255_413270_UFO's_and_Defense_What_Should_we_Prepare_For
Agency: NASA
Page 23
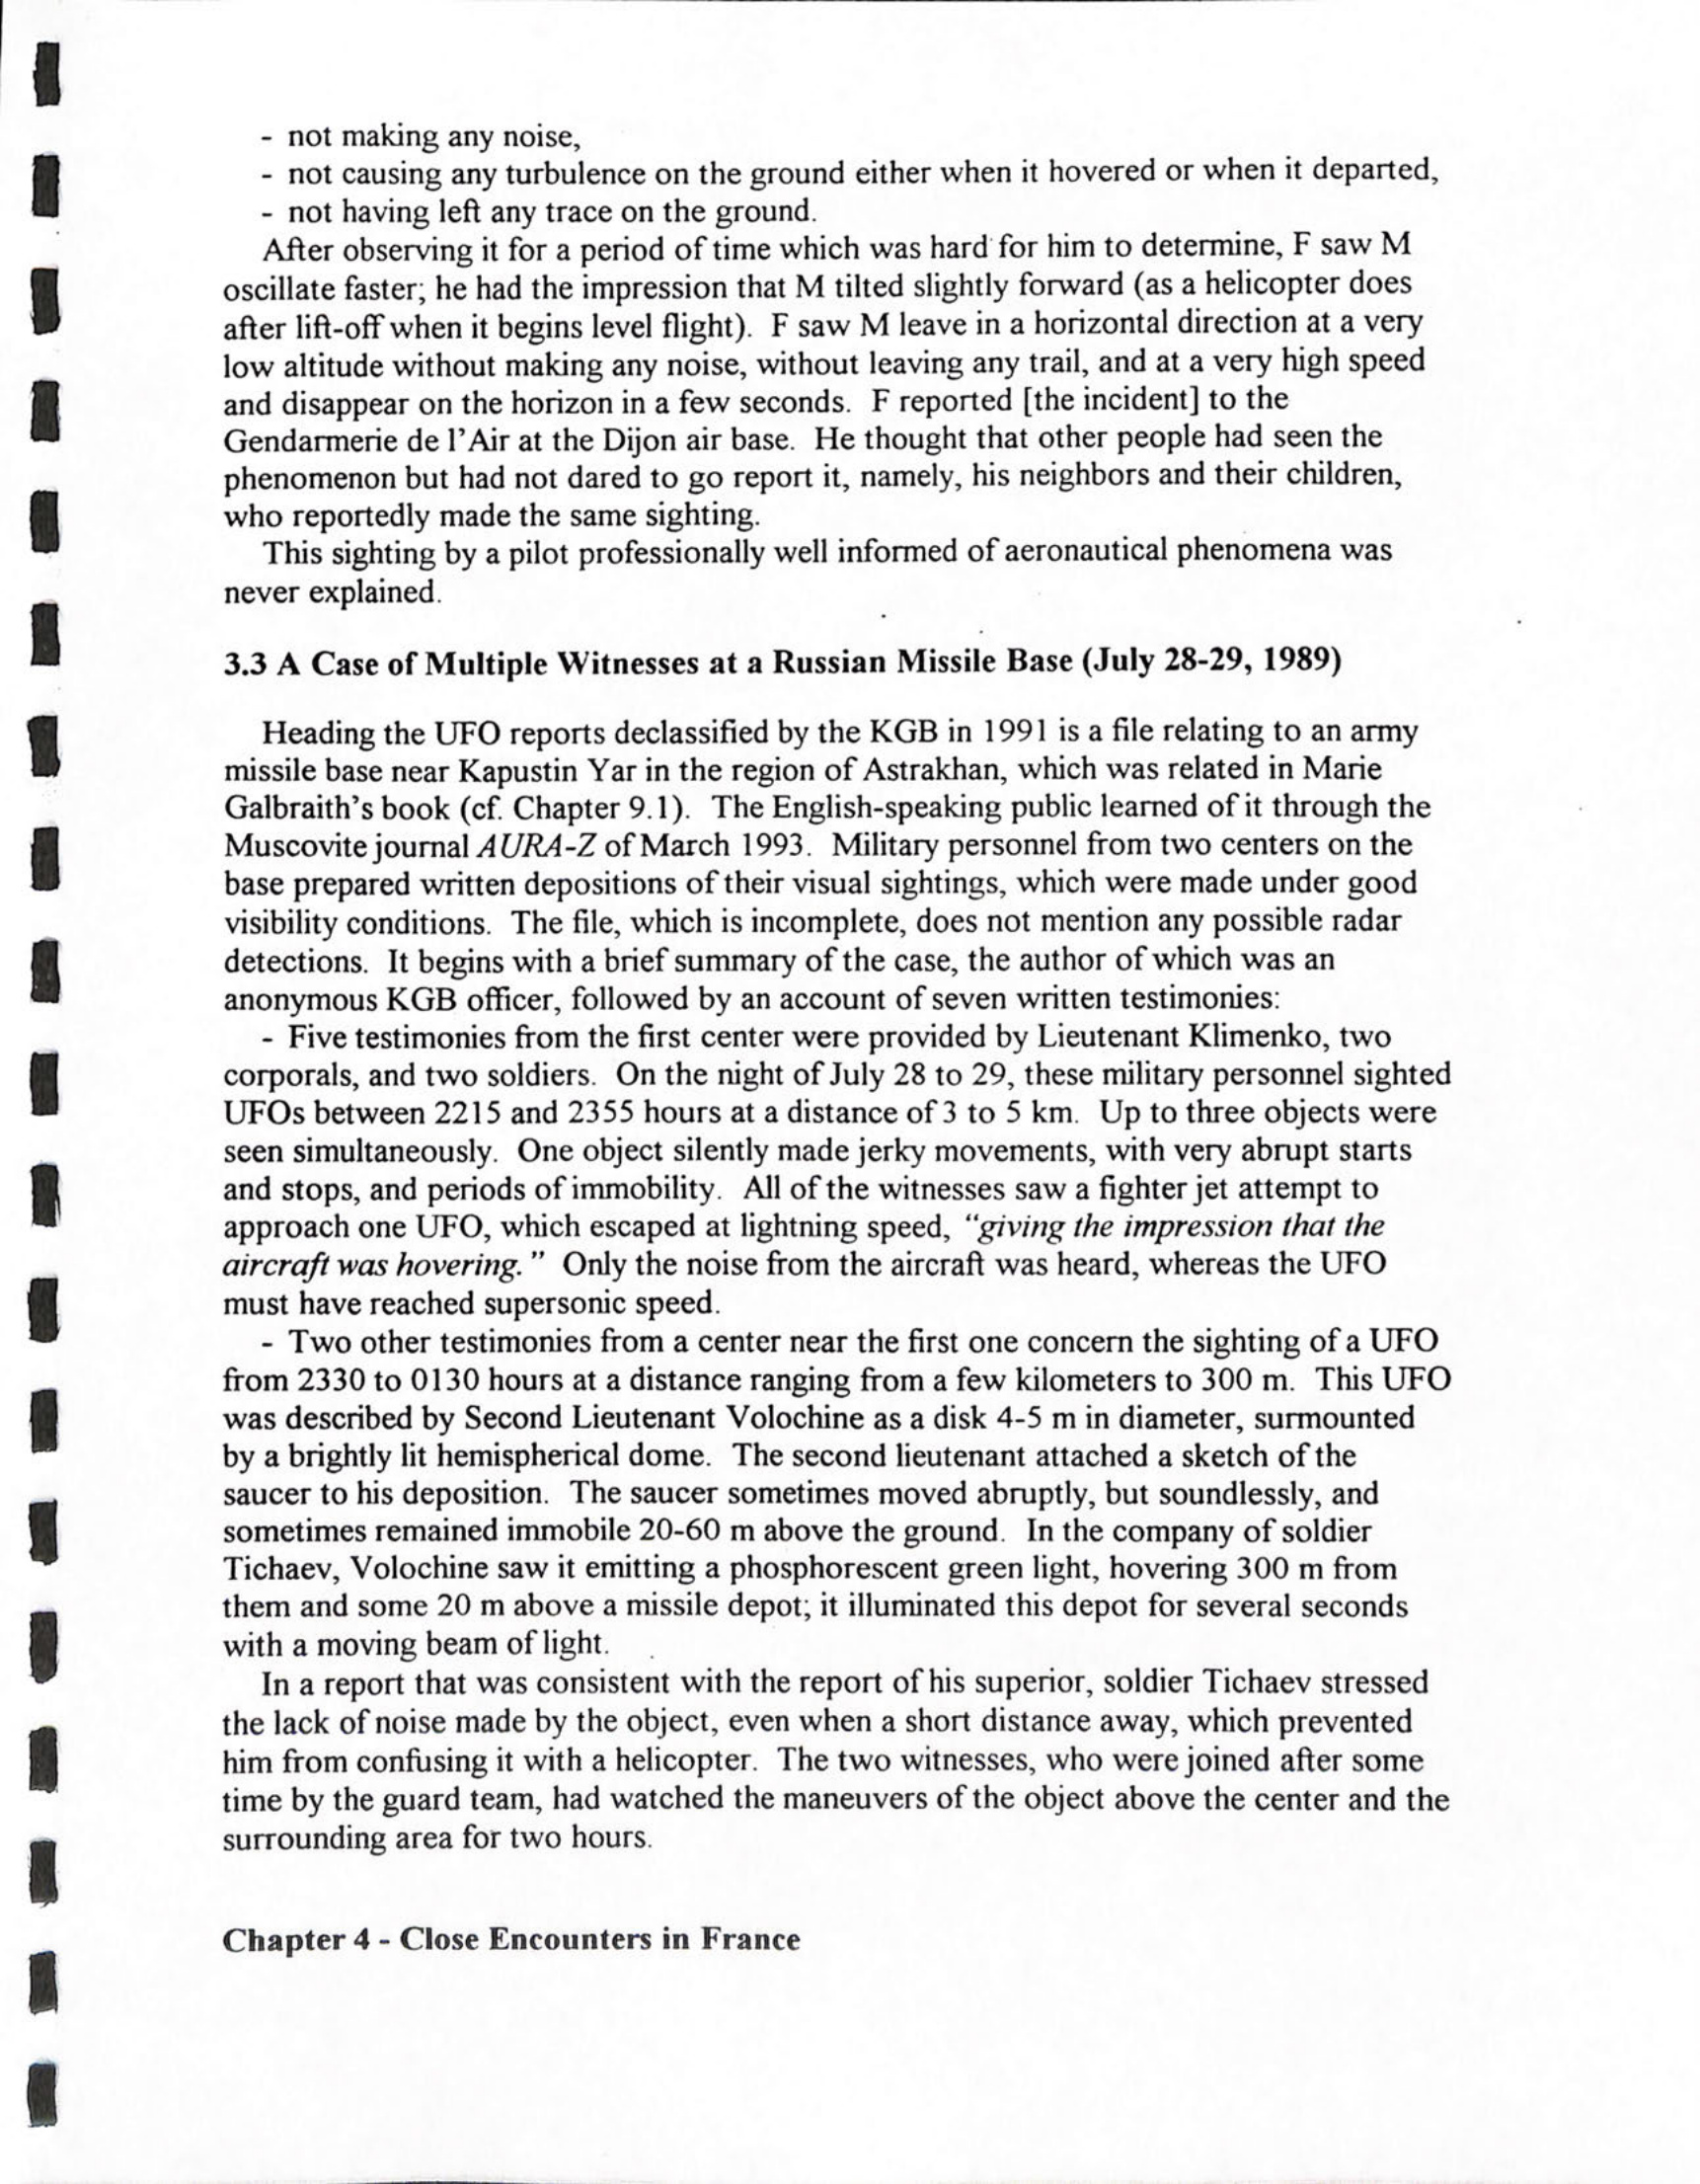